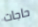
حاجات